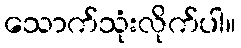
သောက်သုံးလိုက်ပါ။